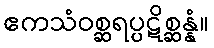
ဧကသံဝစ္ဆရပ္ပဋိစ္ဆန္နံ။